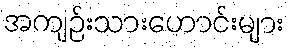
အကျဉ်းသားဟောင်းများ